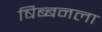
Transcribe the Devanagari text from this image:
षिब्बनला